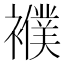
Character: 襥